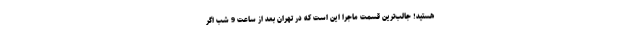
هستید! جالب‌ترین قسمت ماجرا این است که در تهران بعد از ساعت 9 شب اگر